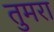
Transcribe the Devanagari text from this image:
तुमरा